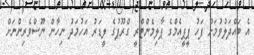
އެ ބައްދަލުވުމަށް ފަހު ޕީޕީއެމްގެ ޕާލިމެންޓްރީ ގްރޫޕުގެ ލީޑަރު އަހުމަދު ނިހާން ނޫސްވެރިންނަށް